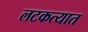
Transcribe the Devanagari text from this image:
लटकत्यात